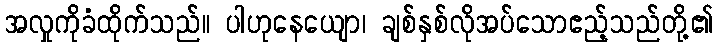
အလှုကိုခံထိုက်သည်။ ပါဟုနေယျော၊ ချစ်နှစ်လိုအပ်သောဧည့်သည်တို့၏